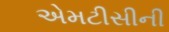
એમટીસીની